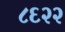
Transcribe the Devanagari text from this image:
८६२२